Civil Veterinary Department Bihar & Orissa reports 1922-29 - 1922-1929
Year: 1922
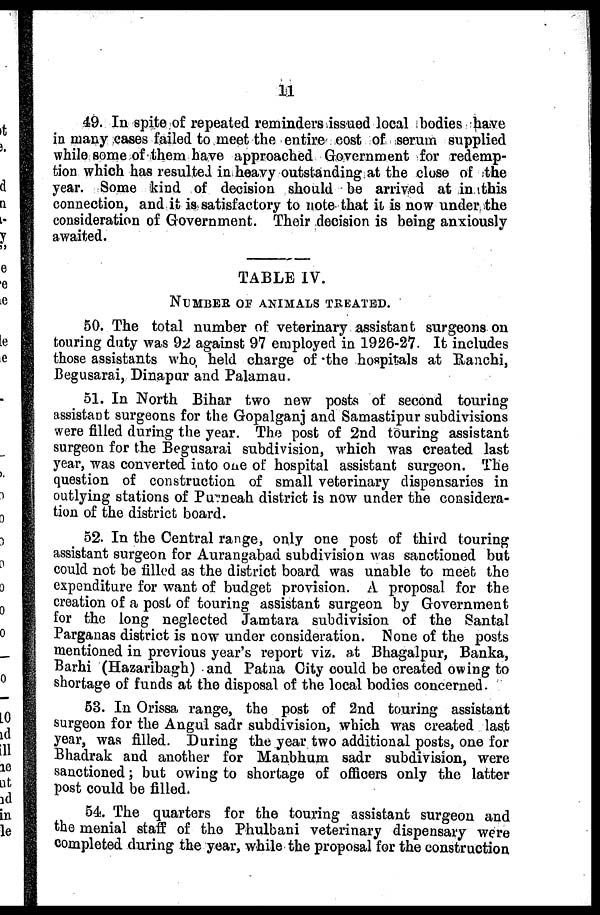
11
49. In spite of repeated reminders issued local bodies have
in many cases failed to meet the entire cost of serum supplied
while some of them have approached Government for redemp-
tion which has resulted in heavy outstanding at the close of the
year. Some kind of decision should be arrived at in this
connection, and it is satisfactory to note that it is now under the
consideration of Government. Their decision is being anxiously
awaited.
TABLE IV.
NUMBER OF ANIMALS TREATED.
50. The total number of veterinary assistant surgeons on
touring duty was 92 against 97 employed in 1926-27. It includes
those assistants who held charge of the hospitals at Ranchi,
Begusarai, Dinapur and Palamau.
51. In North Bihar two new posts of second touring
assistant surgeons for the Gopalganj and Samastipur subdivisions
were filled during the year. The post of 2nd touring assistant
surgeon for the Begusarai subdivision, which was created last
year, was converted into one of hospital assistant surgeon. The
question of construction of small veterinary dispensaries in
outlying stations of Purneah district is now under the considera-
tion of the district board.
52. In the Central range, only one post of third touring
assistant surgeon for Aurangabad subdivision was sanctioned but
could not be filled as the district board was unable to meet the
expenditure for want of budget provision. A proposal for the
creation of a post of touring assistant surgeon by Government
for the long neglected Jamtara subdivision of the Santal
Parganas district is now under consideration. None of the posts
mentioned in previous year's report viz. at Bhagalpur, Banka,
Barhi (Hazaribagh) and Patna City could be created owing to
shortage of funds at the disposal of the local bodies concerned.
53. In Orissa range, the post of 2nd touring assistant
surgeon for the Angul sadr subdivision, which was created last
year, was filled. During the year two additional posts, one for
Bhadrak and another for Manbhum sadr subdivision, were
sanctioned; but owing to shortage of officers only the latter
post could be filled.
54. The quarters for the touring assistant surgeon and
the menial staff of the Phulbani veterinary dispensary were
completed during the year, while the proposal for the construction